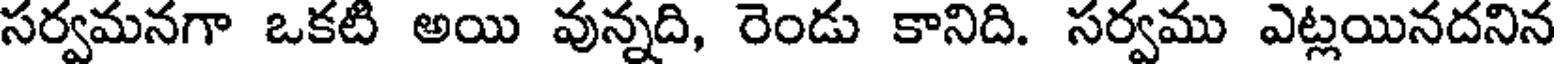
సర్వమనగా ఒకటి అయి వున్నది, రెండు కానిది. సర్వము ఎట్లయినదనిన